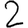
Digit: 2